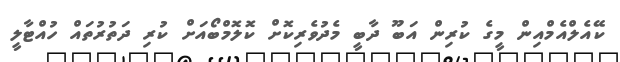
ކޭއެލްއެމްއިން މީގެ ކުރިން އަބޫ ދާބީ މެދުވެރިކޮށް ކޮލޮމްބޯއަށް ކުރި ދަތުރުތައް ހުއްޓާލީ